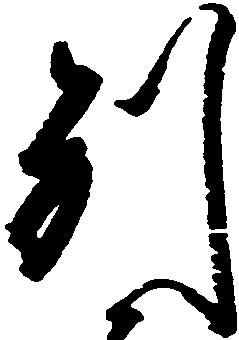
別